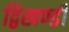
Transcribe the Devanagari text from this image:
द्विखण्डी